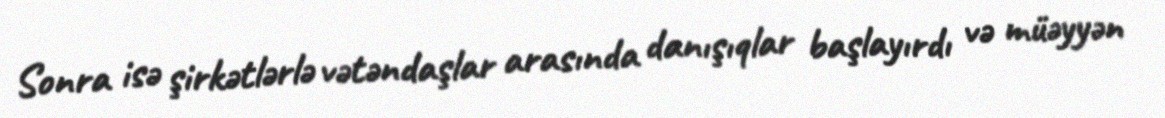
Sonra isə şirkətlərlə vətəndaşlar arasında danışıqlar başlayırdı və müəyyən